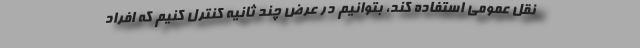
نقل عمومی استفاده کند،‌ بتوانیم در عرض چند ثانیه کنترل کنیم که افراد